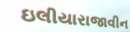
ઇલીયારાજાવીન